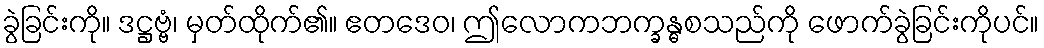
ခွဲခြင်းကို။ ဒဋ္ဌဗ္ဗံ၊ မှတ်ထိုက်၏။ ဧတဒေဝ၊ ဤလောကဘက္ခန္ဓစသည်ကို ဖောက်ခွဲခြင်းကိုပင်။